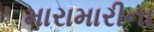
મારામારીના